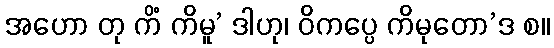
အဟော တု ကိံ ကိမူ’ ဒါဟု၊ ဝိကပ္ပေ ကိမုတော’ဒ စ။